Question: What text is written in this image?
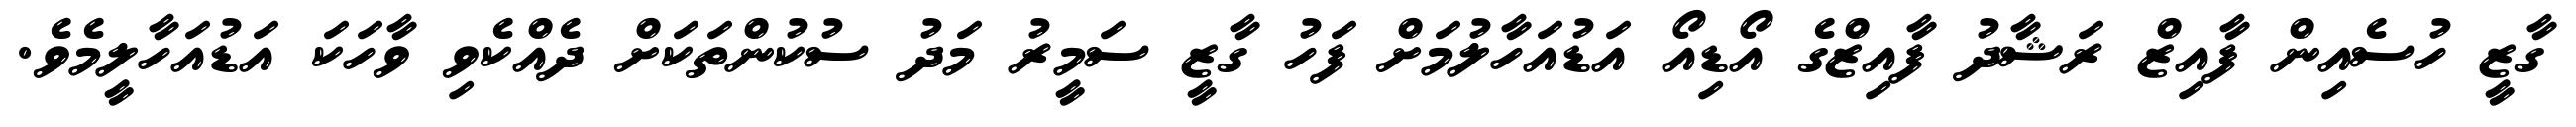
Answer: ގާޒީ ހުސެއިން ފާއިޒް ރަޝާދު ފާއިޒްގެ އޯޑިއޯ އަޑުއަހާލުމަށް ފަހު ގާޒީ ސަމީރު މަދު ސުކުންތަކަށް ދެއްކެވި ވާހަކަ އަޑުއަހާލީމެވެ.